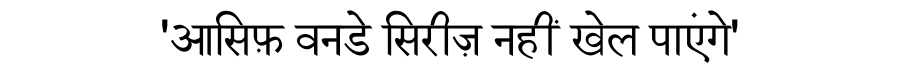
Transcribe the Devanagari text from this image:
'आसिफ़ वनडे सिरीज़ नहीं खेल पाएंगे'